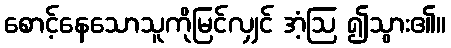
စောင့်နေသောသူကိုမြင်လျှင် အံ့ဩ ၍သွား၏။